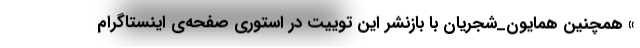
» همچنین همایون_شجریان با بازنشر این توییت در استوری صفحه‌ی اینستاگرام